Civil Veterinary Dept. North-West Frontier Province 1901-22 - 1901-1922
Year: 1901
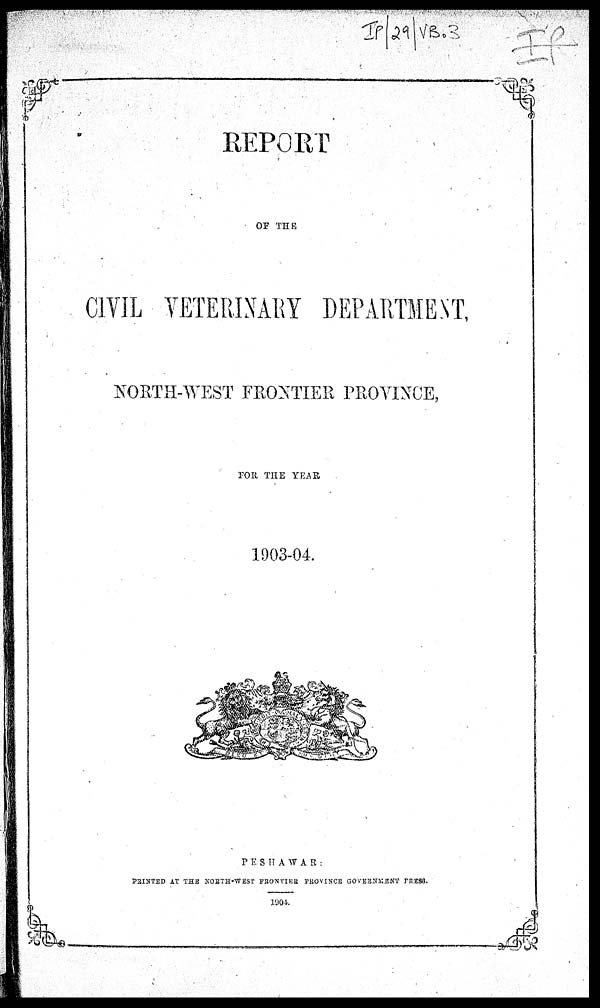
REPORT
OF THE
CIVIL VETERINARY DEPARTMENT,
NORTH-WEST FRONTIER PROVINCE,
FOR THE YEAR
1903-04.
PESHAWAR:
PRINTED AT THE NORTH-WEST FRONTIER PROVINCE GOVERNMENT PRESS.
1904.